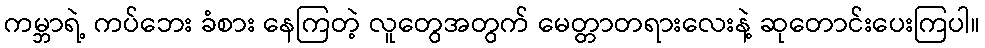
ကမ္ဘာရဲ့ ကပ်ဘေး ခံစား နေကြတဲ့ လူတွေအတွက် မေတ္တာတရားလေးနဲ့ ဆုတောင်းပေးကြပါ။